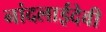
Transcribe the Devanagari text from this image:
नांदलाईदेवी